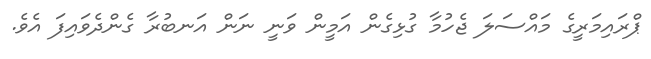
ޕްރައިމަރީގެ މައްސަލަ ޖެހުމާ ގުޅިގެން އަމީން ވަނީ ނަން އަނބުރާ ގެންދެވައިފަ އެވެ.